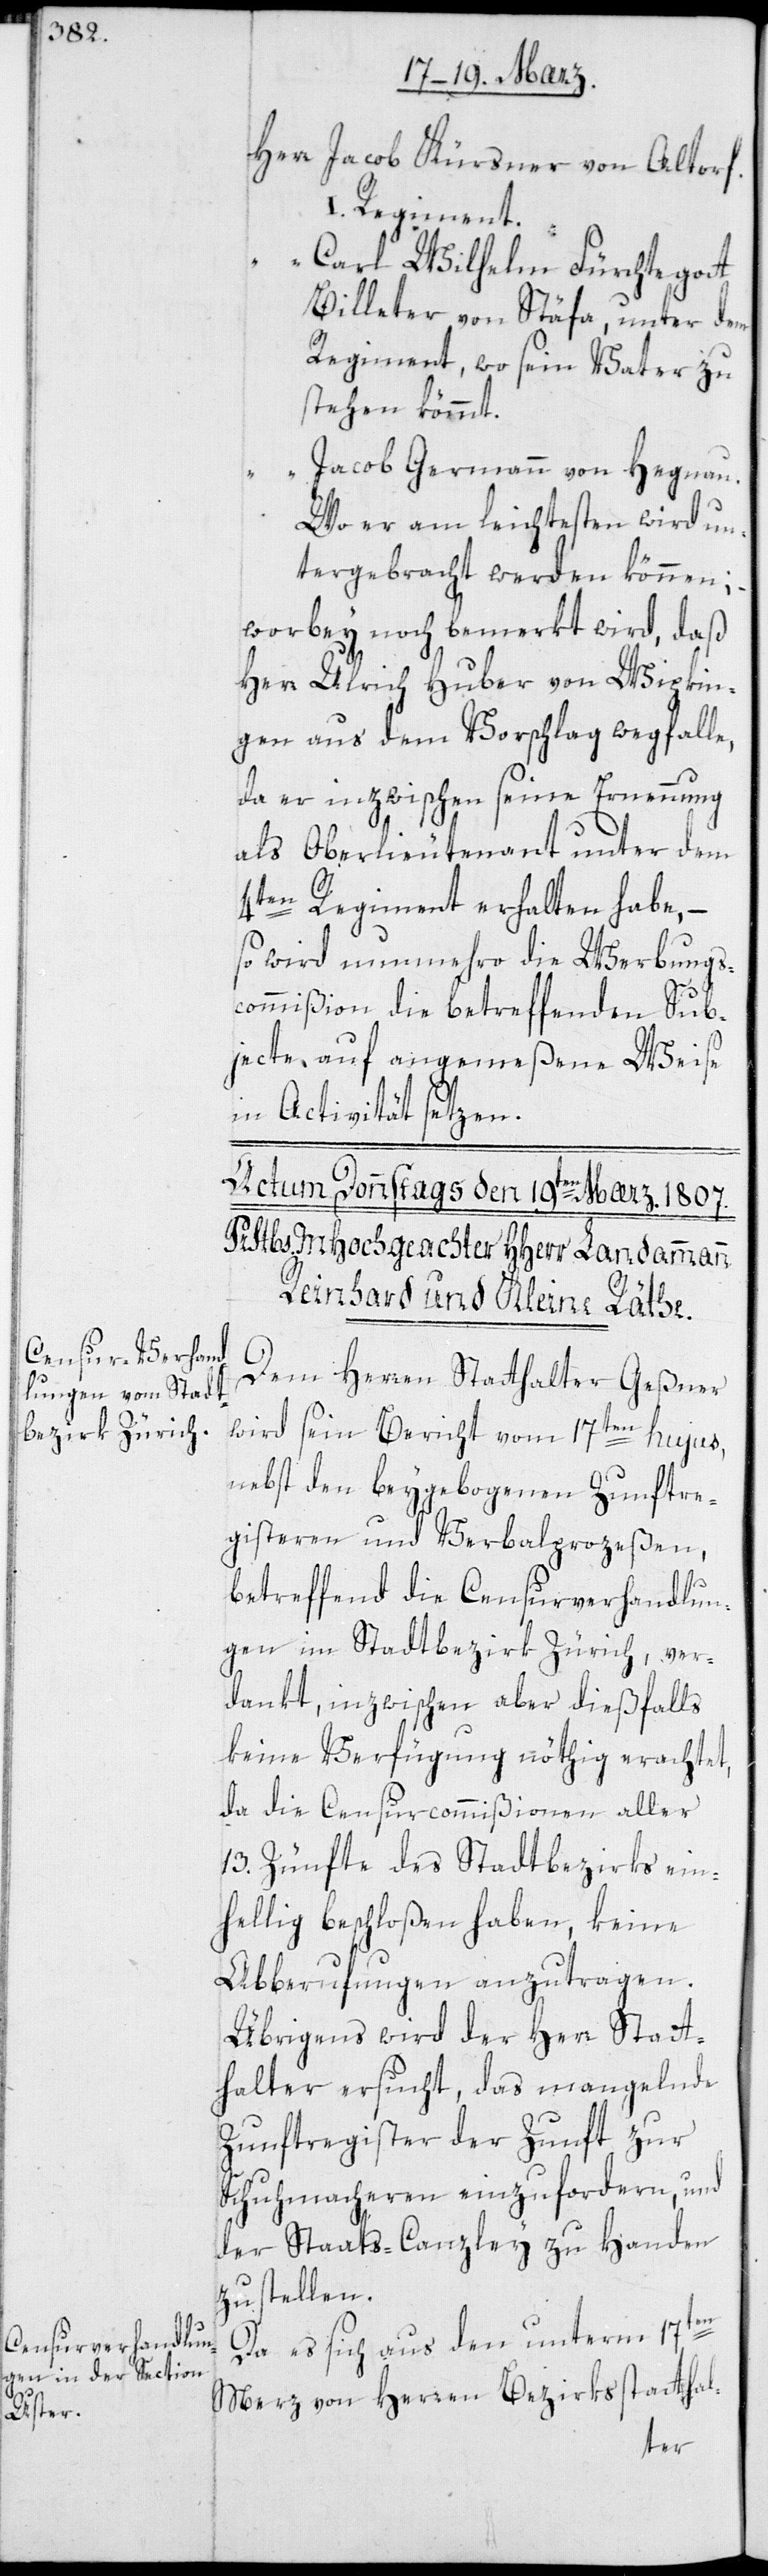
Herr Jacob Kürsner von Altorf.
I. Regiment.
“ Carl Wilhelm Fürchtegott
Billeter von Stäfa, unter dem
Regiment, wo sein Vater zu
stehen kömmt.
Jacob Germann von Hegnau,
wo er am leichtesten wird un¬
tergebracht werden können; –
worbei noch bemerkt wird, daß
Herr Ulrich Huber von Wipkin¬
gen aus dem Vorschlag wegfalle,
da er inzwischen seine Ernennung
als Oberlieutenant unter dem
4ten Regiment erhalten habe, –
so wird nunmehro die Werbungs¬
commißion die betreffenden Sub¬
jecte, auf angemeßene Weise
in Activität setzen.
Dem Herren Statthalter Geßner
wird sein Bericht vom 17ten hujus,
nebst den beygegebenen Zunftre¬
gisteren und Verbalprozeßen,
betreffend die Censurverhandlun¬
gen im Stadtbezirk Zürich, ver¬
dankt, inzwischen aber diesfalls
keine Verfügung nöthig erachtet,
da die Censurcommißionen aller
13. Zünfte des Stadtbezirks ein¬
hellig beschloßen haben, keine
Abberufungen anzutragen.
Übrigens wird der Herr Statt¬
halter ersucht, das mangelnde
Zunftregister der Zunft zur
Schuhmacheren einzufordern und
der Staats-Canzley zu Handen
zu stellen.
Da es sich aus den unterm 17ten
Merz von Herren Bezirksstatthal-